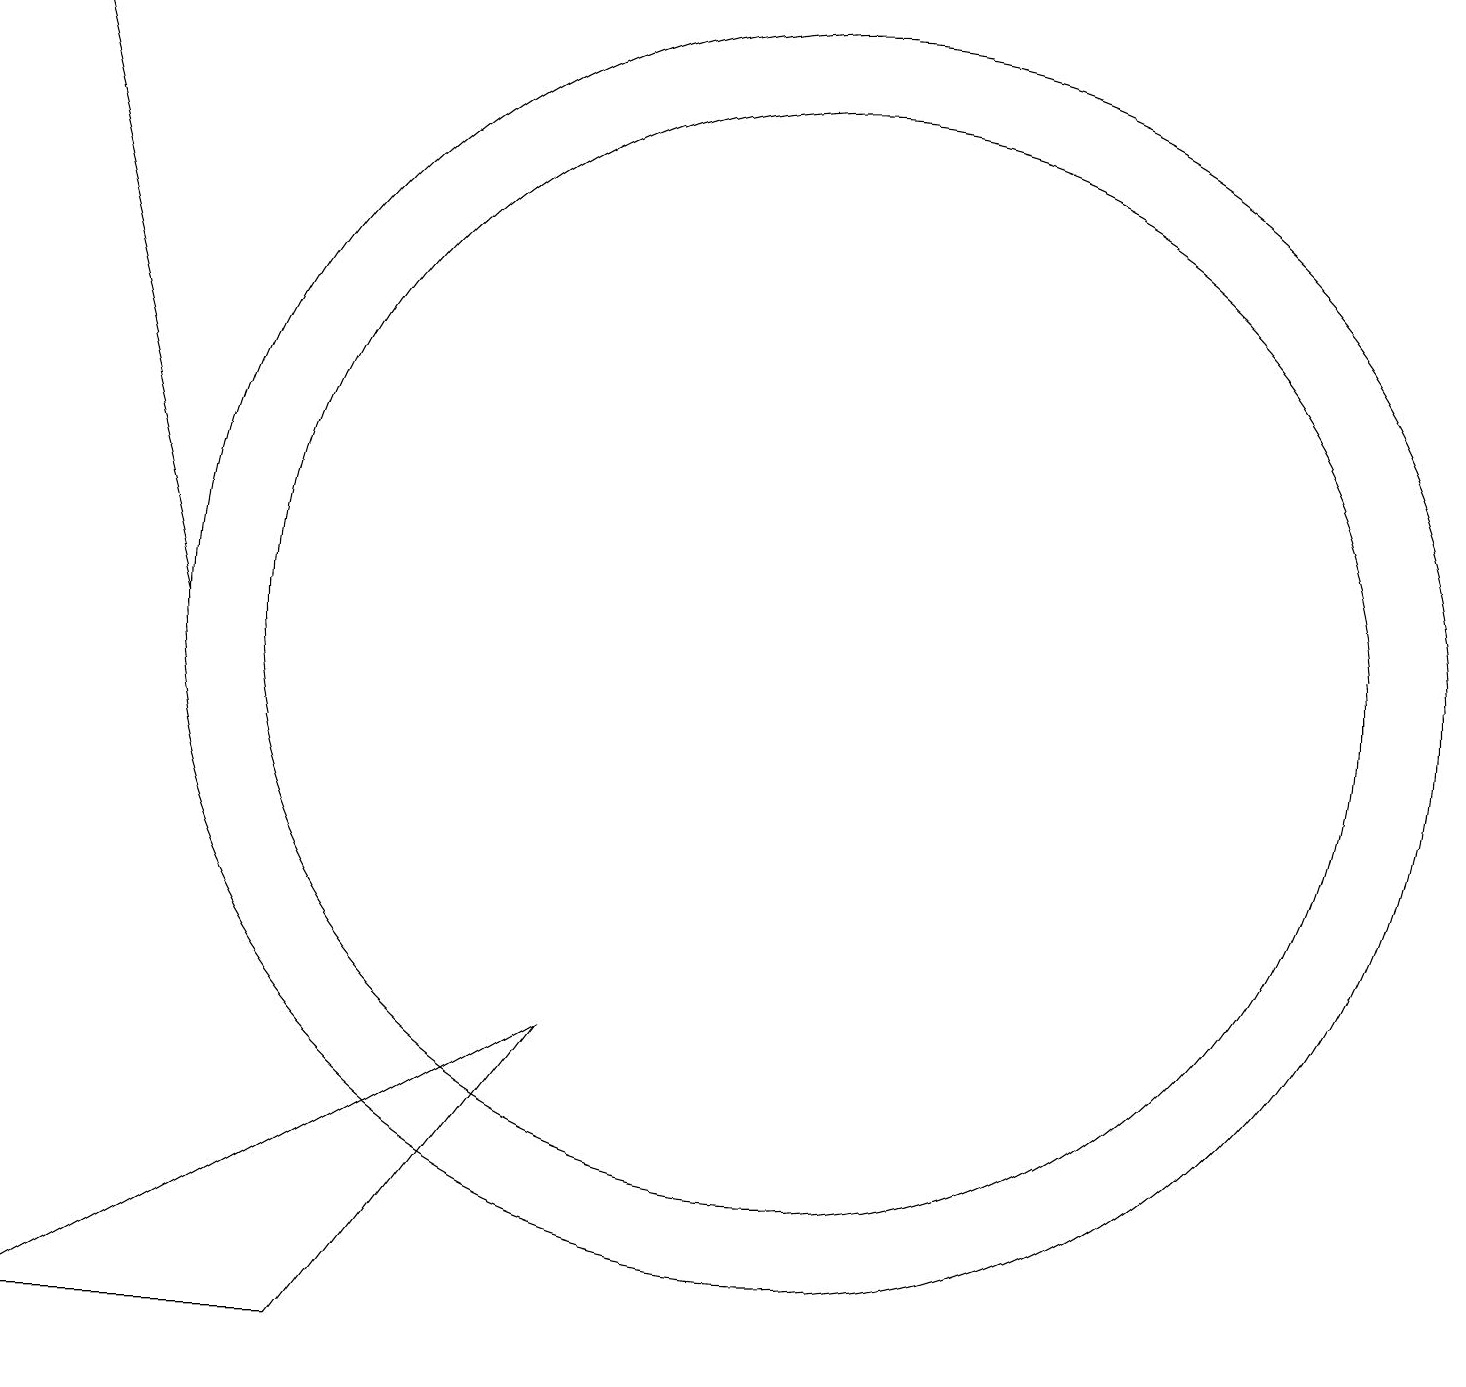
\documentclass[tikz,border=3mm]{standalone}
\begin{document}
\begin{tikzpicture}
\draw (10,10) circle (7);
\draw (10,10) circle (8);
\draw (4,1) -- (0,1) -- (7,5) -- cycle;
\draw[->] (2,10) -- (0,18);
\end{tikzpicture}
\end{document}